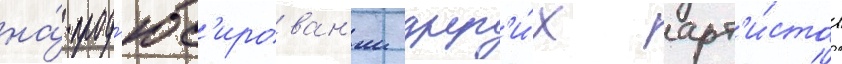
на́ прод'юс'ирован'ии друг'и́х арт'и́стов